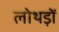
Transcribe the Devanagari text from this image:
लोथड़ों